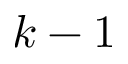
k - 1